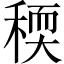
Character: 稬